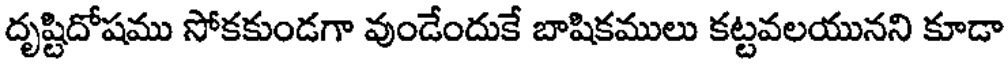
దృష్టిదోషము సోకకుండగా వుండేందుకే బాషికములు కట్టవలయునని కూడా